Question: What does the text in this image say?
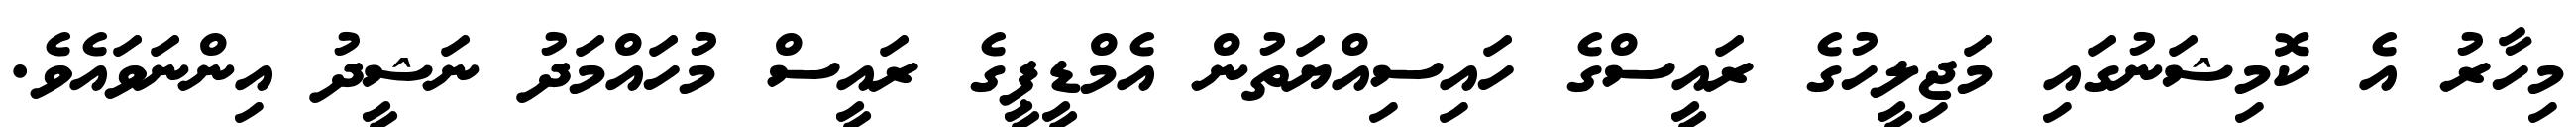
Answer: މިހާރު އެ ކޮމިޝަނުގައި މަޖިލީހުގެ ރައީސްގެ ހައިސިއްޔަތުން އެމްޑީޕީގެ ރައީސް މުހައްމަދު ނަޝީދު އިންނަވައެވެ.